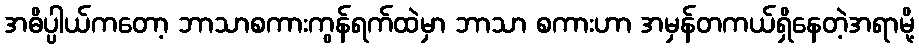
အဓိပ္ပါယ်ကတော့ ဘာသာစကားကွန်ရက်ထဲမှာ ဘာသာ စကားဟာ အမှန်တကယ်ရှိနေတဲ့အရာမို့